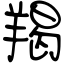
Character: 羯